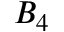
B _ { 4 }